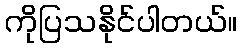
ကိုပြသနိုင်ပါတယ်။